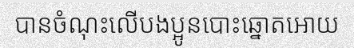
បានចំណុះលើបងប្អូនបោះឆ្នោតអោយ